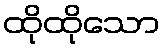
ထိုထိုသော